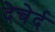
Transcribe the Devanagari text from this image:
देचेर्द